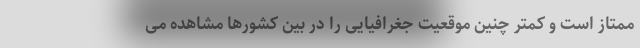
ممتاز است و کمتر چنین موقعیت جغرافیایی را در بین کشورها مشاهده می